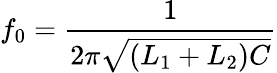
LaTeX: f_{0}={\frac{1}{2\pi{\sqrt{\left(L_{1}+L_{2}\right)C}}}}